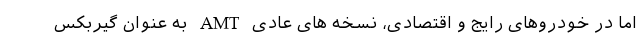
اما در خودروهای رایج و اقتصادی، نسخه های عادی AMT به عنوان گیربکس